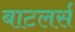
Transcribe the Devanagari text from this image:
बाटलर्स